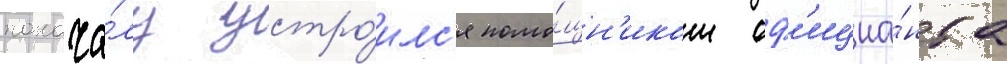
понача́лу устро́илс'я помо́щн'иком оф'ициа́нта